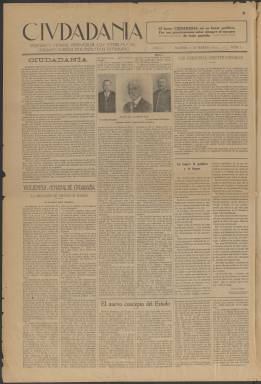
Título: Ciudadanía (Madrid. 1922)
Colección: Revistas de información general
Ámbito geográfico: Madrid
Lugar de publicación: Madrid
Fechas: 04/03/1922-30/11/1924

Los números de 1922 presentan particularidades en la paginación: la fecha y la numeración aparecen en la última página, y las centrales aparecen paginadas como páginas tercera y cuarta. La intención parece ser que aquella funcione como primera página, por lo que se ha mantenido así en los PDF.